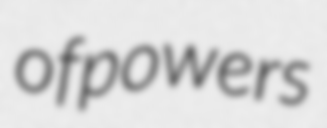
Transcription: of  powers